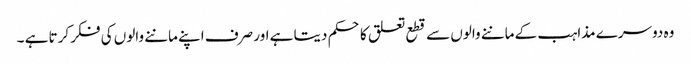
وہ دوسرے مذاہب کے ماننے والوں سے قطع تعلق کا حکم دیتا ہے اور صرف اپنے ماننے والوں کی فکر کرتا ہے ۔